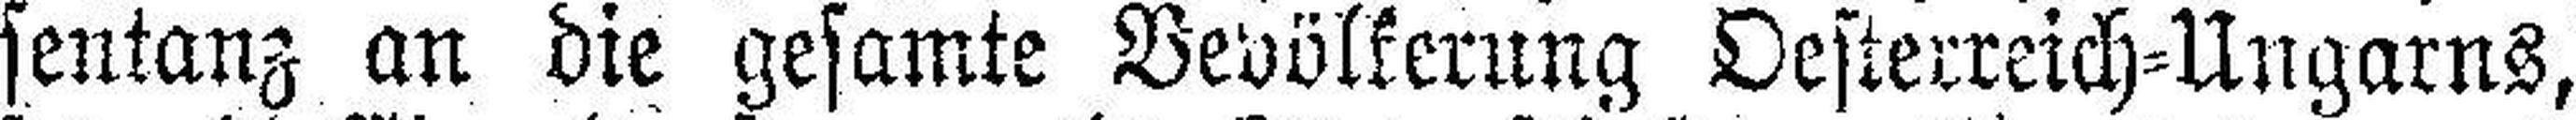
sentanz an die gesamte Bevölkerung Oesterreich=Ungarns,